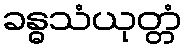
ခန္ဓသံယုတ္တံ